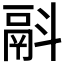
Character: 𩰮